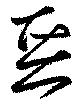
悪